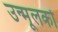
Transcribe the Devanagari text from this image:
उन्मूलकों